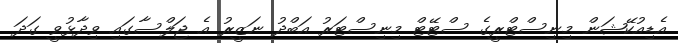
އެޑިއުކޭޝަން މިނިސްޓްރީގެ ސްޓޭޓް މިނިސްޓަރު އަބްދު ނަޒީރު އެ ޖަލްސާގައި ވިދާޅުވީ ގަދަ